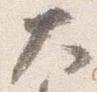
大